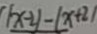
\vert x - 2 \vert - \vert x + 2 \vert